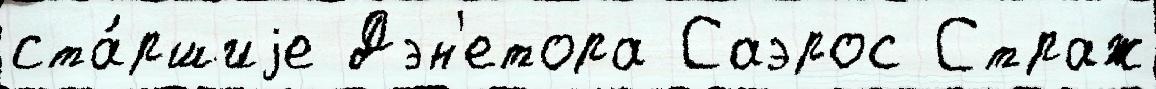
ста́ршиjе Дэн'етора Саэрос Страж